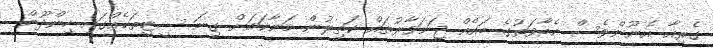
ގެރިއާ އެނޫންވެސް އެބާވަތުގެ ބައެއް ޖަނަވާރުތައް ކަތިލުން މަނާކަމަށް ގިނަ ސީޓީތަކެއްގައި ހިންދޫން